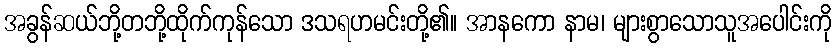
အခွန်ဆယ်ဘို့တဘို့ထိုက်ကုန်သော ဒသရဟမင်းတို့၏။ အာနကော နာမ၊ များစွာသောသူအပေါင်းကို